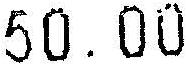
50.00